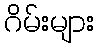
ဂိမ်းများ